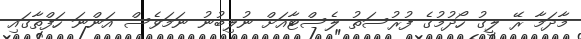
މާދަމާ ރޭ ލީގު ހޯދުމުގެ ފުރުސަތު ލެސްޓާއަށް ނުލިބުނު ނަމަވެސް އަންނަ ހަފްތާގައި